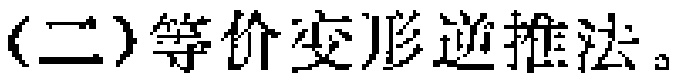
(二)等价变形逆推法。